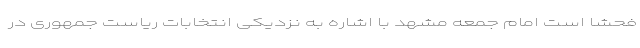
فحشا است امام جمعه مشهد با اشاره به نزدیکی انتخابات ریاست جمهوری در